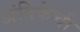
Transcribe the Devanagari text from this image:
अंबिकेची